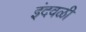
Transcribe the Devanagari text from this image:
इंदवळी